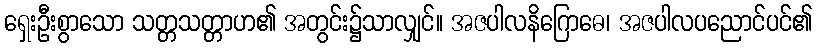
ရှေးဦးစွာသော သတ္တသတ္တာဟ၏ အတွင်း၌သာလျှင်။ အဇပါလနိဂြောဓေ၊ အဇပါလပညောင်ပင်၏